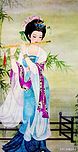
忍泪佯低面，含羞半敛眉。